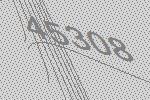
45308